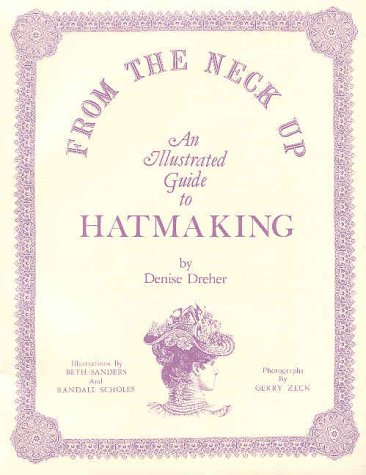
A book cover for From the Neck Up: An Illustrated Guide to Hatmaking; Denise Dreher; Arts & Photography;